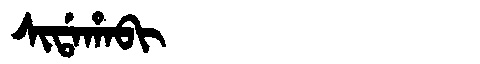
Manchu: ᠰᡳᡩᠠᡥᠠᠪᡳ
Romanization: SIDAHABI